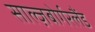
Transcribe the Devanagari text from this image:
साल्ज़बोर्गरलैंड